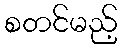
စတင်မည့်